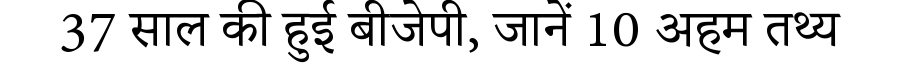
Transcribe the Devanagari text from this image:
37 साल की हुई बीजेपी, जानें 10 अहम तथ्य